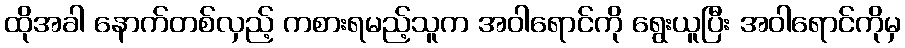
ထိုအခါ နောက်တစ်လှည့် ကစားရမည့်သူက အဝါရောင်ကို ရွေးယူပြီး အဝါရောင်ကိုမှ